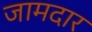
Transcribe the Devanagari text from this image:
जामदार